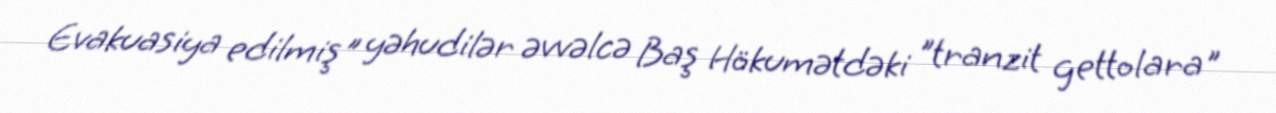
Evakuasiya edilmiş" yəhudilər əvvəlcə Baş Hökumətdəki "tranzit gettolara"